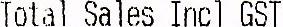
TOTAL SALES INCL GST